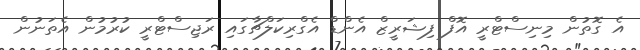
އެ ގޮތުން މިނިސްޓްރީ އޮފް ފިޝަރީޒް އެންޑް އެގްރިކަލްޗާގައި ރަޖިސްޓްރީ ކުރުމުން އެތަނުން